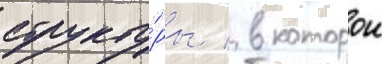
структу́ры / в которои